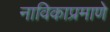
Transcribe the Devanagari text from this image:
नाविकाप्रमाणे